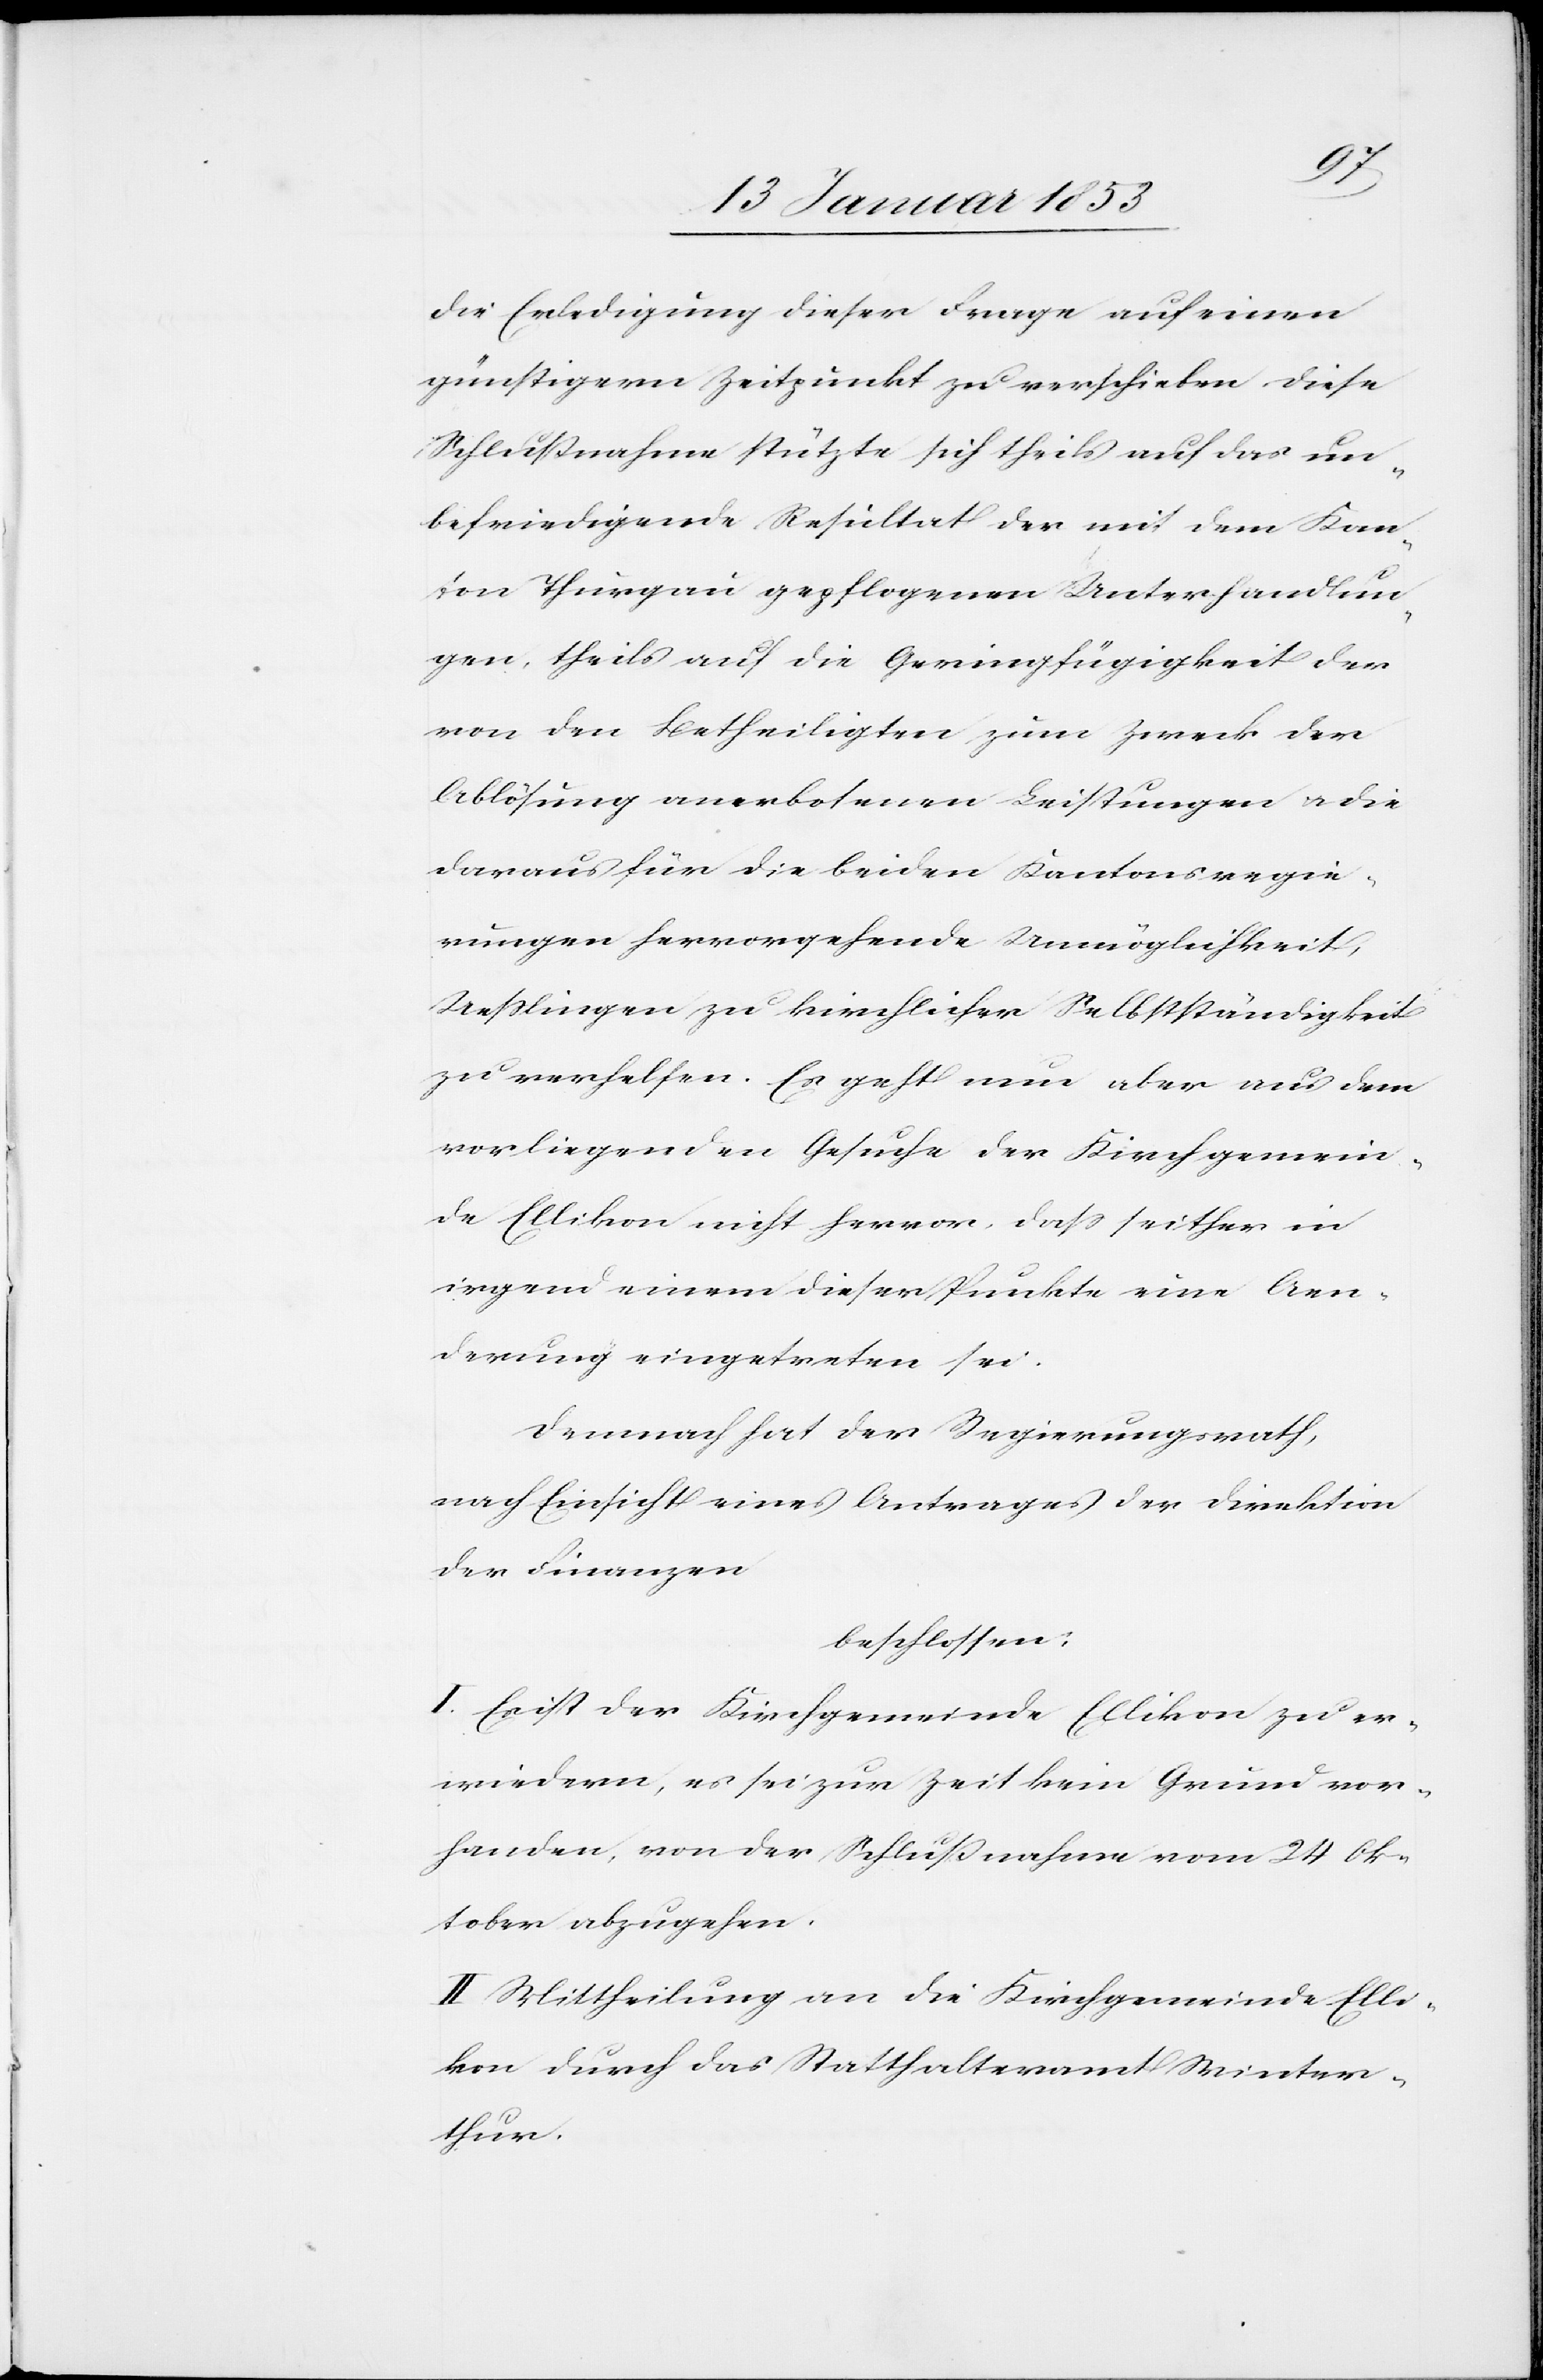
die Erledigung dieser Frage auf einen
günstigern Zeitpunkt zu verschieben diese
Schlußnahme stützte sich theils auf das un¬
befriedigende Resultat der mit dem Kan¬
ton Thurgau gepflogenen Unterhandlun¬
gen, theils auf die Geringfügigkeit der
von den Betheiligten zum Zweck der
Ablösung anerbotenen Leistungen u. die
daraus für die beiden Kantonsregie¬
rungen hervorgehende Unmöglichkeit,
Ueßlingen zu kirchlicher Selbständigkeit
zu verhelfen. Es geht nun aber aus dem
vorliegenden Gesuche der Kirchgemein¬
de Ellikon nicht hervor, daß seither in
irgendeinem dieser Punkte eine Aen¬
derung eingetreten sei.
Demnach hat der Regierungsrath,
nach Einsicht eines Antrages der Direktion
der Finanzen
beschlossen:
I. Es ist der Kirchgemeinde Ellikon zu er¬
wiedern, es sei zur Zeit kein Grund vor¬
handen, von der Schlußnahme vom 24 Ok¬
tober abzugehen.
II. Mittheilung an die Kirchgemeinde Elli¬
kon durch das Statthalteramt Winter¬
thur.